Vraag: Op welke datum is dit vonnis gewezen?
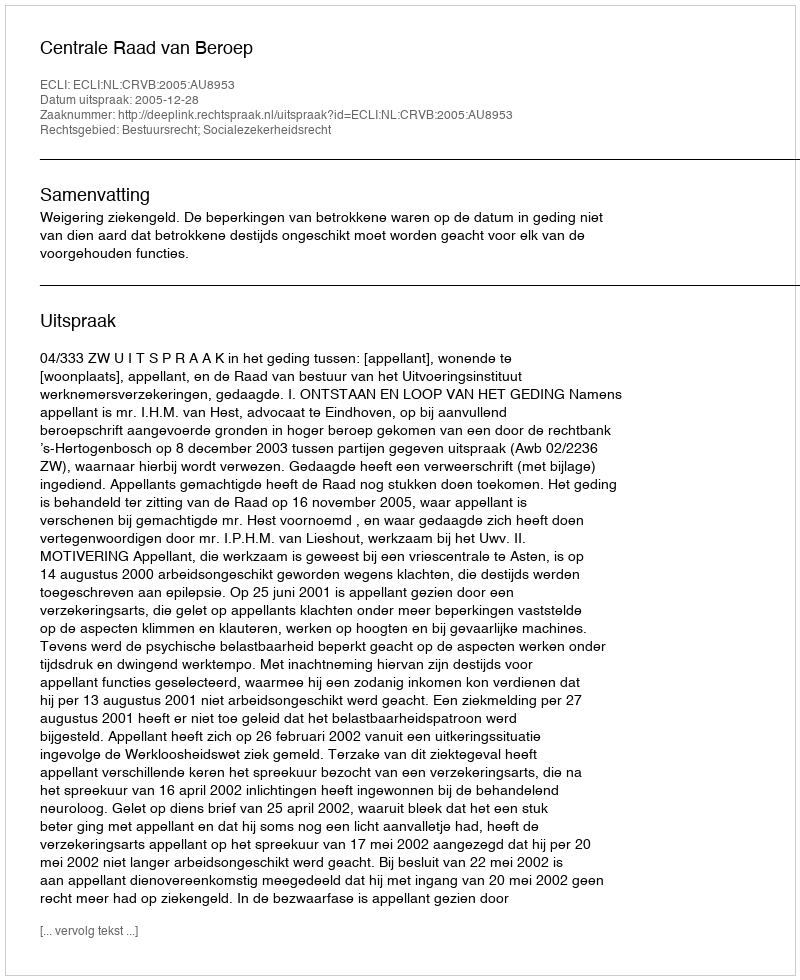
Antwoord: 2005-12-28